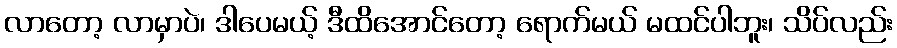
လာတော့ လာမှာပဲ၊ ဒါပေမယ့် ဒီထိအောင်တော့ ရောက်မယ် မထင်ပါဘူး၊ သိပ်လည်း